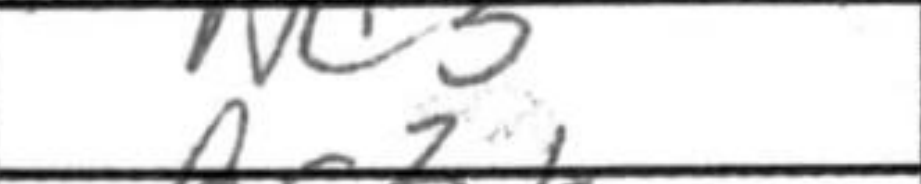
Transcription: Nc3